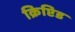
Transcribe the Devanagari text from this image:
क्रिप्टिड